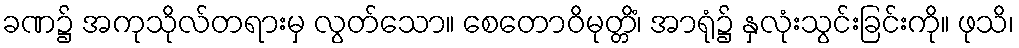
ခဏ၌ အကုသိုလ်တရားမှ လွတ်သော။ စေတောဝိမုတ္တိံ၊ အာရုံ၌ နှလုံးသွင်းခြင်းကို။ ဖုသိ၊